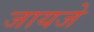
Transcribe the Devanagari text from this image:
जायजे